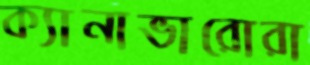
ক্যানাভারোরা